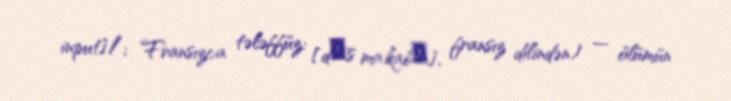
input]/; Fransızca tələffüz: [dɑ̃s ma.kabʁ], fransız dilindən) — ölümün